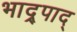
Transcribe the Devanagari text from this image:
भाद्र्पाद्